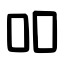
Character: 吅